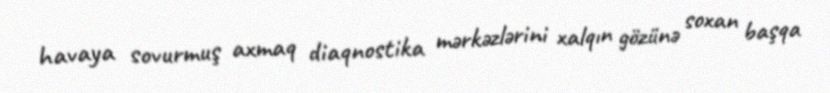
havaya sovurmuş axmaq diaqnostika mərkəzlərini xalqın gözünə soxan başqa